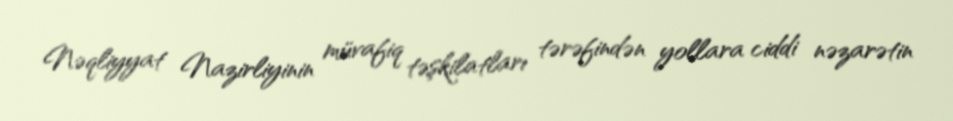
Nəqliyyat Nazirliyinin müvafiq təşkilatları tərəfindən yollara ciddi nəzarətin